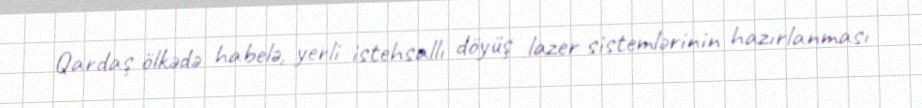
Qardaş ölkədə habelə, yerli istehsallı döyüş lazer sistemlərinin hazırlanması